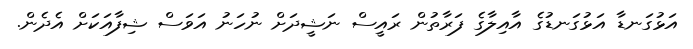
އަޅުގަނޑާ އަޅުގަނޑުގެ އާއިލާގެ ފަރާތުން ރައީސް ނަޝީދަށް ނުހަނު އަވަސް ޝިފާއަކަށް އެދެން.